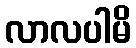
လာလပါမိ